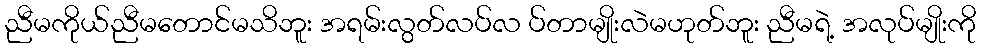
ညီမကိုယ်ညီမတောင်မသိဘူး အရမ်းလွတ်လပ်လ ပ်တာမျိုးလဲမဟုတ်ဘူး ညီမရဲ့ အလုပ်မျိုးကို